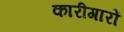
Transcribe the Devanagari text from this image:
कारीगारों